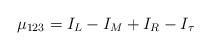
LaTeX: \begin{align*}\mu_{123} = I_L - I_M + I_R - I_\tau \end{align*}